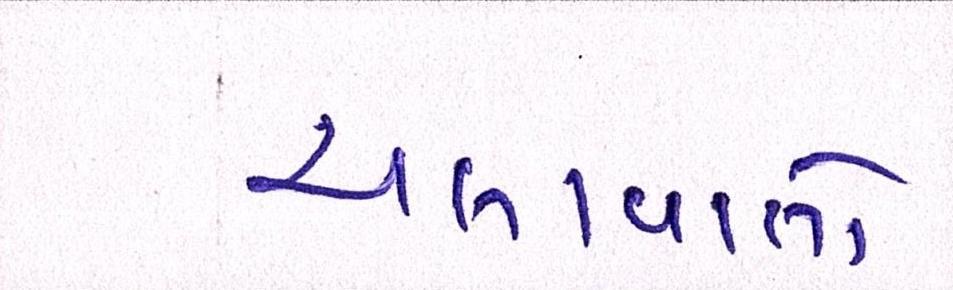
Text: ચલાવાતો